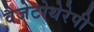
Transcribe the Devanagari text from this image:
वैजेटोथेरेपी